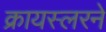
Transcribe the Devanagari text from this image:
क्रायस्लरने